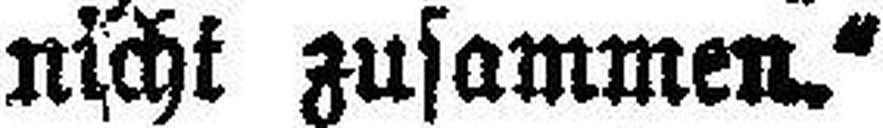
nicht zusammen.“